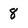
Character: 8